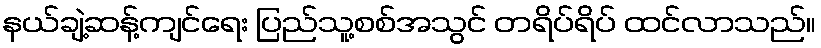
နယ်ချဲ့ဆန့်ကျင်ရေး ပြည်သူ့စစ်အသွင် တရိပ်ရိပ် ထင်လာသည်။